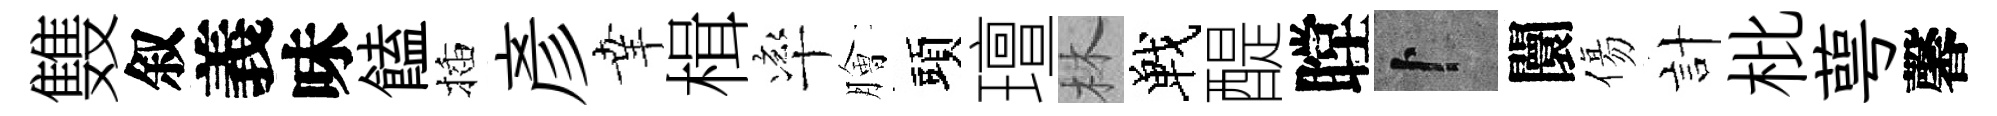
䨇叙義味饁插彥𦍒楫率膾頭璮林戰醍瞠卜闤傷計枇萼馨